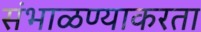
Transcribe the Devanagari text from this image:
संभाळण्याकरता